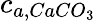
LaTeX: c_{a,CaCO_{3}}